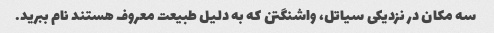
سه مکان در نزدیکی سیاتل، واشنگتن که به دلیل طبیعت معروف هستند نام ببرید.